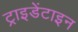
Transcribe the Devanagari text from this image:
ट्राइडेंटाइन